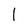
Character: I